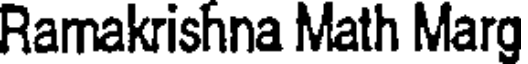
Ramakrishna Math Marg